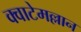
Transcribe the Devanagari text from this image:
क्वाटेमल्लान